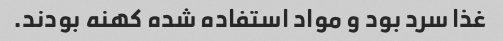
غذا سرد بود و مواد استفاده شده کهنه بودند.